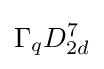
\Gamma _{q}D_{2d}^{7}